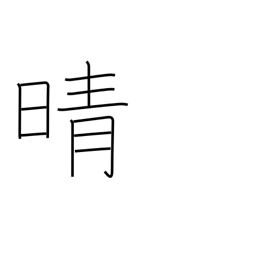
Meaning: clear up